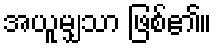
အယူမျှသာ ဖြစ်၏။